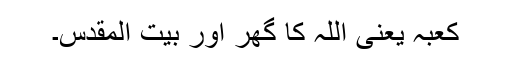
کعبہ یعنی اللہ کا گھر اور بیت المقدس۔